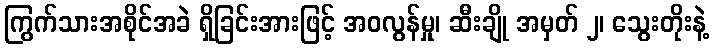
ကြွက်သားအစိုင်အခဲ ရှိခြင်းအားဖြင့် အဝလွန်မှု၊ ဆီးချို အမှတ် ၂၊ သွေးတိုးနဲ့